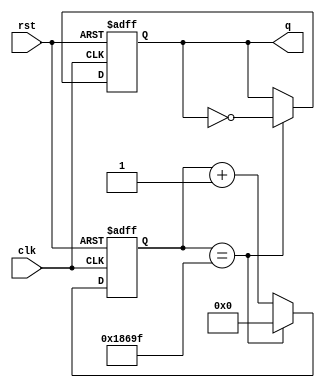
`timescale 1ns / 1ps

module Divisor_displays(    //este modulo se encarga de dividir la frecuencia para trabajar el 7 segmentos
    input clk,					 //declaracion de entradas y salidas
    input rst,
    output reg q				 //salida dl nuevo reloj
    );
reg [16:0] counter=0; //declaracion del contador de 17 bits
	
	always @(posedge clk or posedge rst)  //cuenta o borra la cuenta en el flanco positivo del reset o el clock
	begin
		if (rst)
			begin
				counter<=17'd0;   //si reset en alto pone cuenta en 0
				q<= 1'b0;
			end
		else
			if (counter==17'd99999)  //si se llega a este valor el contador vuelve a contador desde cero
			begin
				counter<=17'd0;
				q <= ~q;
			end
	  else
	   begin
			counter <=counter+1'b1; //se aumenta una cuenta en el contador
		end
	end

endmodule